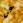
عن